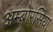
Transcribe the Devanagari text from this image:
अम्बोरसिया